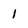
Character: 1